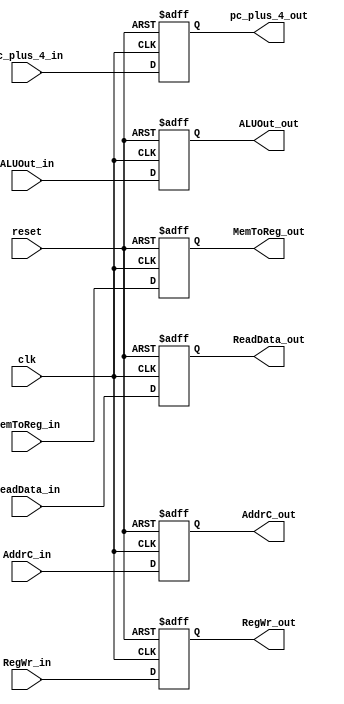
module MEM_WB(clk,reset,RegWr_in,RegWr_out,MemToReg_in,MemToReg_out,
	ALUOut_in,ALUOut_out,ReadData_in,ReadData_out,pc_plus_4_in,
	pc_plus_4_out,AddrC_in,AddrC_out);
input clk,reset,RegWr_in;
input [1:0] MemToReg_in;
input [4:0] AddrC_in;
input [31:0] ALUOut_in,ReadData_in,pc_plus_4_in;
output reg RegWr_out;
output reg [1:0] MemToReg_out;
output reg [4:0] AddrC_out;
output reg [31:0] ALUOut_out,ReadData_out,pc_plus_4_out;

always@(posedge clk or negedge reset)
begin
if(~reset) begin
RegWr_out<=1'b0;
MemToReg_out<=2'b00;
ALUOut_out<=32'h00000000;
ReadData_out<=32'h00000000;
pc_plus_4_out<=32'h00000000;
AddrC_out<=32'h00000000;
end
else begin
RegWr_out<=RegWr_in;
MemToReg_out<=MemToReg_in;
ALUOut_out<=ALUOut_in;
ReadData_out<=ReadData_in;
pc_plus_4_out<=pc_plus_4_in;
AddrC_out<=AddrC_in;
end

end
endmodule